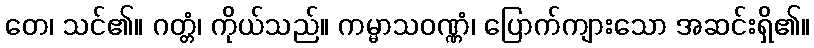
တေ၊ သင်၏။ ဂတ္တံ၊ ကိုယ်သည်။ ကမ္မာသဝဏ္ဏံ၊ ပြောက်ကျားသော အဆင်းရှိ၏။